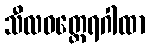
သီလဝတ္ထေရဂါထာ